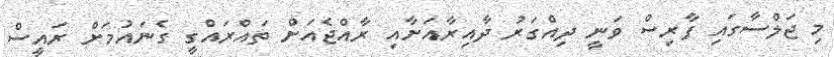
މި ޖަލްސާގައި ފާރިސް ވަނީ ދިއްގަރު ދާއިރާއަށާއި ރާއްޖެއަށް ތައްރައްގީ ގެނައުމަށް ރައީސް